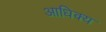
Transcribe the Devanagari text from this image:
आधिक्‍य